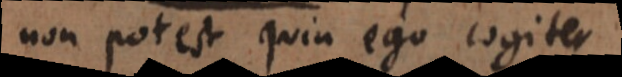
non potest quin ego cogiter.